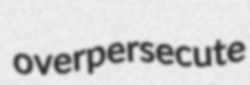
overpersecute